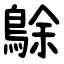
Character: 鵌